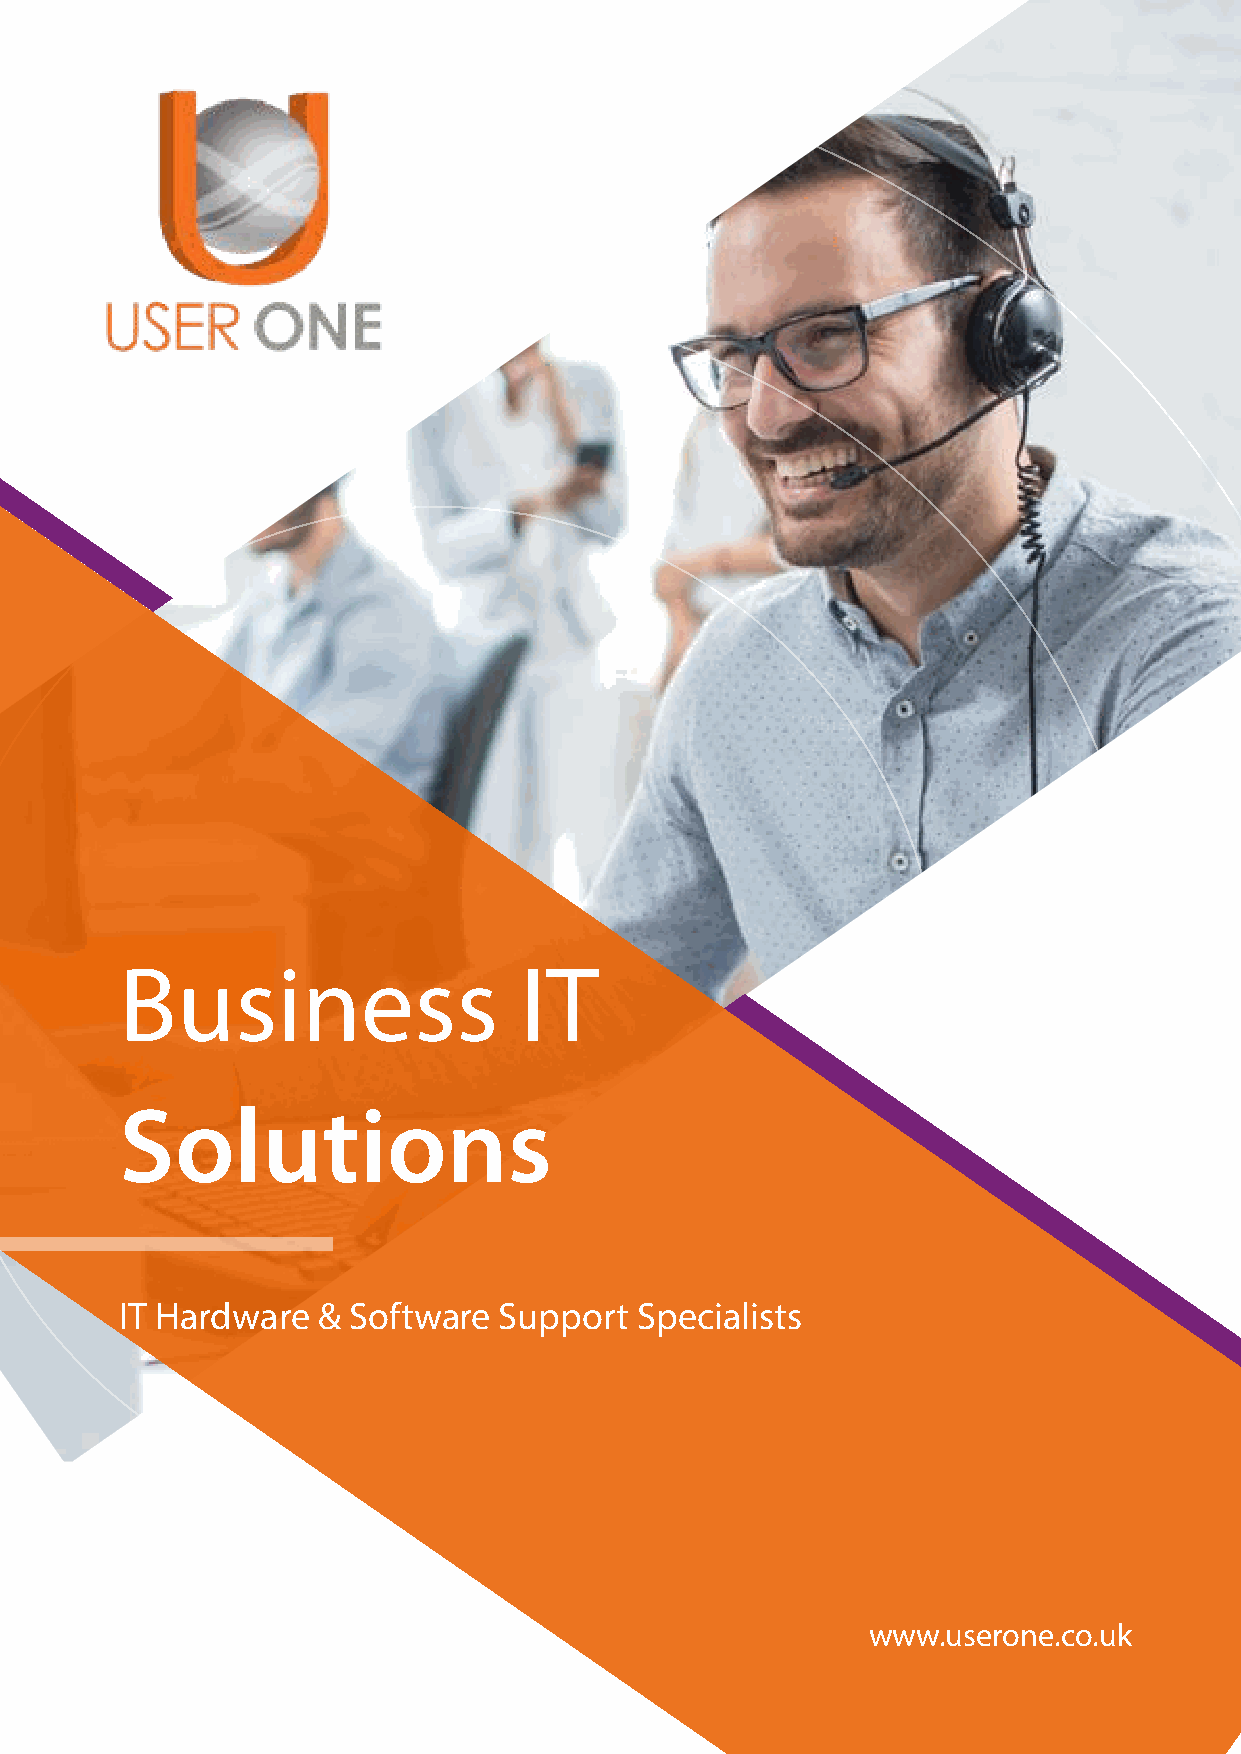
Business                  IT
 Solutions
 IT Hardware  & Software  Support  Specialists
 www.userone.co.uk